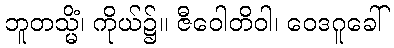
ဘူတသ္မိံ၊ ကိုယ်၌။ ဇီဝေါတိဝါ၊ ဝေဒဂူခေါ်